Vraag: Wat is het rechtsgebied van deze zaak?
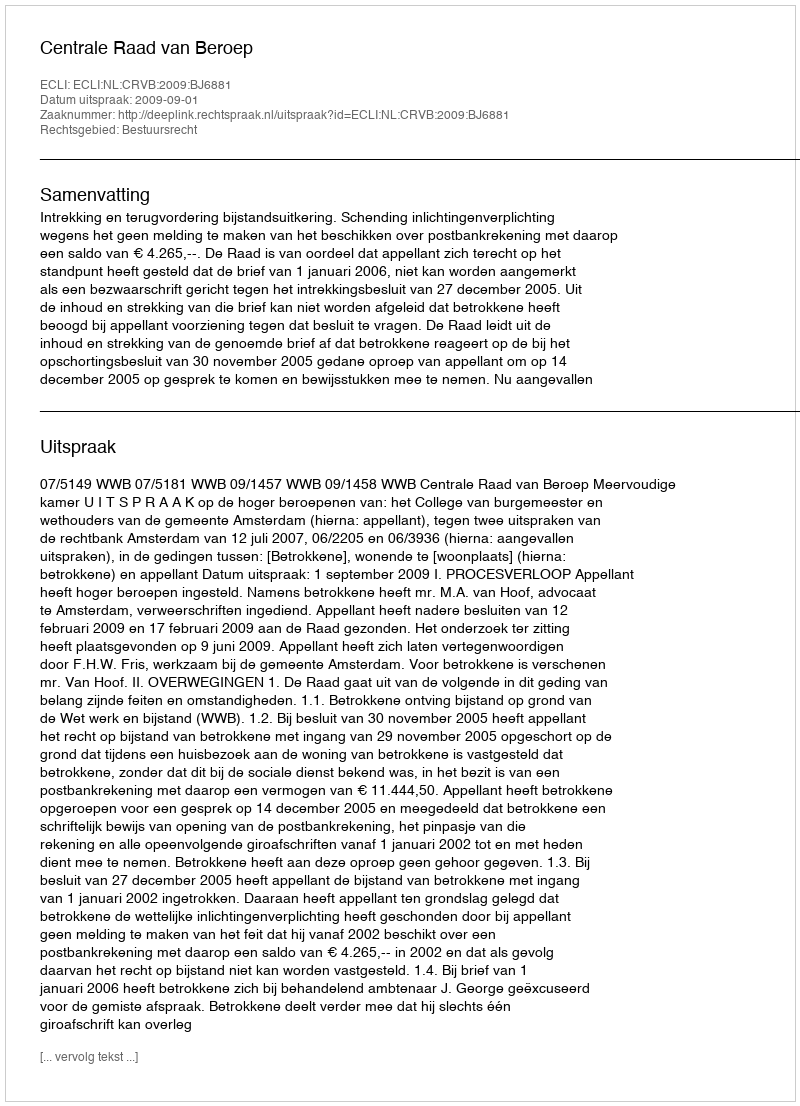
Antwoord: Bestuursrecht